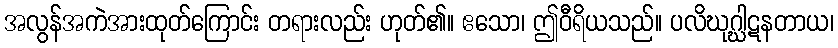
အလွန်အကဲအားထုတ်ကြောင်း တရားလည်း ဟုတ်၏။ ဧသော၊ ဤဝီရိယသည်။ ပလိဃုဂ္ဃါဋနတာယ၊